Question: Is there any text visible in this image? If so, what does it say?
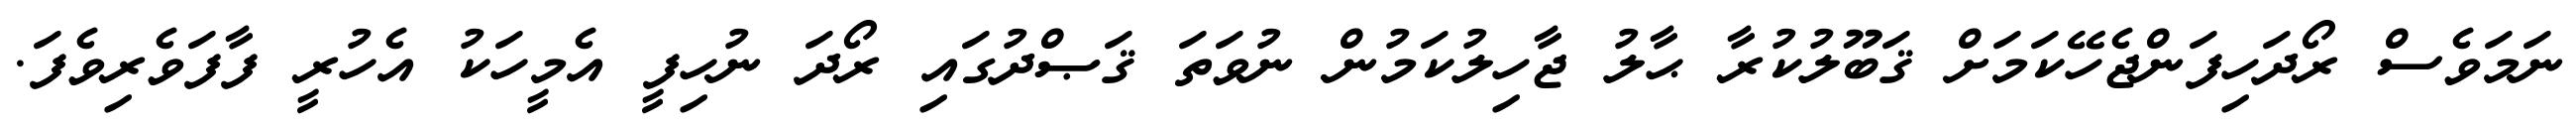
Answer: ނަމަވެސް ރޯދަހިފަންޖެހޭކަމަށް ޤަބޫލުކުރާ ޙާލު ޖާހިލުކަމުން ނުވަތަ ޤަޞްދުގައި ރޯދަ ނުހިފީ އެމީހަކު އެހުރީ ފާފަވެރިވެފަ.